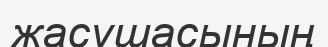
жасушасының